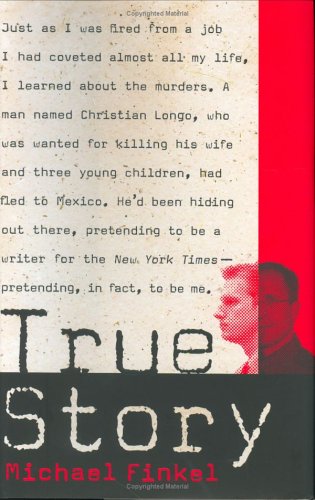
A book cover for True Story: Murder, Memoir, Mea Culpa; Michael Finkel; Biographies & Memoirs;